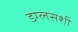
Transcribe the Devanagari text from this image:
डग्लसशी